Lunatic asylums Bombay report 1891-1903 - 1891-1903
Year: 1891
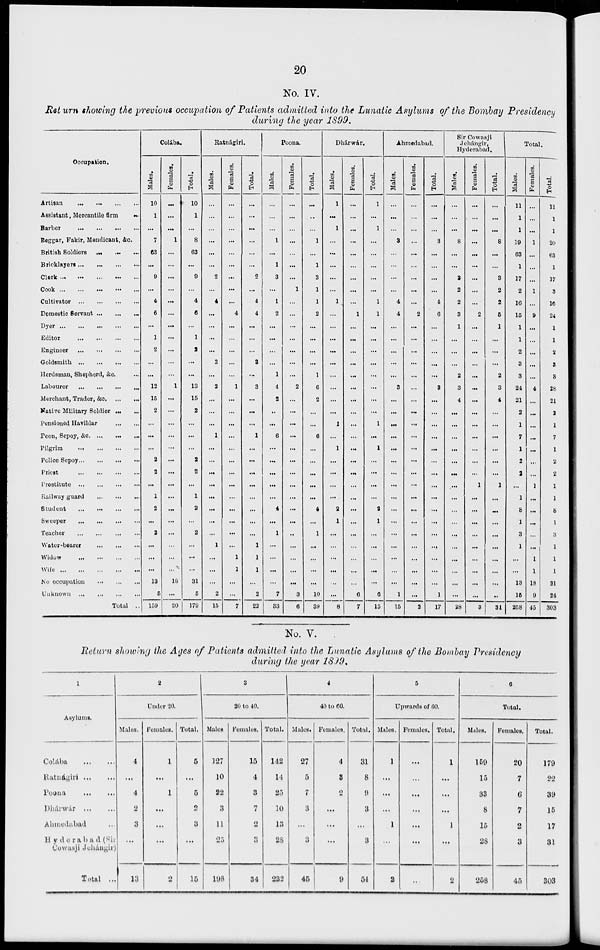
20
No. IV.
Return showing the previous occupation of Patients admitted into the Lunatic Asylums of the Bombay Presidency
during the year 1899.
Occupation.
Artisan
...
...
...
...
Assistant, Mercantile firm ...
Barber
...
...
...
...
Beggar, Fakir, Mendicant, &c.
British Soldiers
...
...
...
Bricklayers
...
...
...
...
Clerk
...
...
...
...
Cook
...
...
...
...
Cultivator
...
...
...
...
Domestic Servant
...
...
...
Dyer
...
...
...
...
...
Editor
...
...
...
...
Engineer
...
...
...
...
Goldsmith
...
...
...
...
Herdsman, Shepherd, &c. ...
Labourer
...
...
...
...
Merchant, Trader, &c. ... ...
Native Military Soldier ... ...
Pensioned Havildar
...
...
Peon, Sepoy, &c. ... ... ...
Pilgrim
...
...
...
...
Police Sepoy ... ... ... ...
Priest
...
...
...
...
Prostitute
...
...
...
...
Railway guard
...
...
...
Student
...
...
...
...
Sweeper
...
...
...
...
Teacher
...
...
...
...
Water-bearer
...
...
...
Widow
...
...
...
...
Wife
...
...
...
...
...
No occupation ... ... ... ...
Unknown
...
...
...
...
Total ..
Colába.
Males.
10
1
...
7
63
...
9
...
4
6
...
1
2
...
...
12
15
2
...
...
...
2
2
...
1
2
...
2
...
...
...
13
5
159
Females.
...
...
...
1
...
...
...
...
...
...
...
...
...
...
...
1
...
...
...
...
...
...
...
...
...
...
...
...
...
...
...
18
...
20
Total.
10
1
...
8
63
...
9
...
4
6
...
1
2
...
...
13
15
2
...
...
...
2
2
...
1
2
...
2
...
...
...
31
5
179
Ratnágiri.
Males.
...
...
...
...
...
...
2
...
4
...
...
...
...
3
...
2
...
...
...
1
...
...
...
...
...
...
...
...
1
...
...
...
2
15
Females.
...
...
...
...
...
...
...
...
...
4
...
...
...
...
...
1
...
...
...
...
...
...
...
...
...
...
...
...
...
1
1
...
...
7
Total.
...
...
...
...
...
...
2
...
4
4
...
...
...
3
...
3
...
...
...
1
...
...
...
...
...
...
...
...
1
1
1
...
2
22
Poona.
Males.
...
...
...
1
...
1
3
...
1
2
...
...
...
...
1
4
2
...
...
6
...
...
...
...
...
4
...
1
...
...
...
...
7
33
Females.
...
...
...
...
...
...
...
1
...
...
...
...
...
...
...
2
...
...
...
...
...
...
...
...
...
...
...
...
...
...
...
...
3
6
Total.
...
...
...
1
...
1
3
1
1
2
...
...
...
...
1
6
2
...
...
6
...
...
...
...
...
4
...
1
...
...
...
...
10
39
Dhárwár.
Males.
1
...
1
...
...
...
...
...
1
...
...
...
...
...
...
...
...
...
1
...
1
...
...
...
...
2
1
...
...
...
...
...
...
8
Females.
...
...
...
...
...
...
...
...
...
1
...
...
...
...
...
...
...
...
...
...
...
...
...
...
...
...
...
...
...
...
...
...
6
7
Total.
1
...
1
...
...
...
...
...
1
1
...
...
...
...
...
...
...
...
1
...
1
...
...
...
...
2
1
...
...
...
...
...
6
15
Ahmedabad.
Males.
...
...
...
3
...
...
...
...
4
4
...
...
...
...
...
3
...
...
...
...
...
...
...
...
...
...
...
...
...
...
...
...
1
15
Females.
...
...
...
...
...
...
...
...
...
2
...
...
...
...
...
...
...
...
...
...
...
...
...
...
...
...
...
...
...
...
...
...
...
2
Total.
...
...
...
3
...
...
...
...
4
6
...
...
...
...
...
3
...
...
...
...
...
...
...
...
...
...
...
...
...
...
...
...
1
17
Sir Cowasji
Jehángir,
Hyderabad.
Males.
...
...
...
8
...
...
3
2
2
3
1
...
...
...
2
3
4
...
...
...
...
...
...
...
...
...
...
...
...
...
...
...
...
28
Females.
...
...
...
...
...
...
...
...
...
2
...
...
...
...
...
...
...
...
...
...
...
...
...
1
...
...
...
...
...
...
...
...
...
3
Total.
...
...
...
8
...
...
3
2
2
5
1
...
...
...
2
3
4
...
...
...
...
...
...
1
...
...
...
...
...
...
...
...
..
31
Total.
Males.
11
1
1
19
63
1
17
2
16
15
1
1
2
3
3
24
21
2
1
7
1
2
2
...
1
8
1
3
1
...
...
13
15
258
Females.
...
...
...
1
...
...
...
1
...
9
...
...
...
...
...
4
...
...
...
...
...
...
...
1
...
...
...
...
...
1
1
18
9
45
Total.
11
1
1
20
63
1
17
3
16
24
1
1
2
3
3
28
21
2
1
7
1
2
2
1
1
8
1
3
l
l
l
31
24
303
No. V.
Return showing the Ages of Patients admitted into the Lunatic Asylums of the Bombay Presidency
during the year 1899.
1
Asylums.
Colába
...
...
Ratnágiri ... ...
Poona
...
...
Dhárwár
...
...
Ahmedabad ...
Hyderabad (Sir
Cowasji Jehángir)
Total ...
2
Under 20.
Males.
4
...
4
2
3
...
13
Females.
1
...
1
...
...
...
2
Total.
5
...
5
2
3
...
15
3
20 to 40.
Males.
127
10
22
3
11
25
198
Females.
15
4
3
7
2
3
34
Total.
142
14
25
10
13
28
232
4
40 to 60.
Males.
27
5
7
3
...
3
45
Females.
4
3
2
...
...
...
9
Total.
31
8
9
3
...
3
54
5
Upwards of 60.
Males.
1
...
...
...
1
...
2
Females.
...
...
...
...
...
...
...
Total.
1
...
...
...
1
...
2
6
Total.
Males.
159
15
33
8
15
28
258
Females.
20
7
6
7
2
3
45
Total.
179
22
39
15
17
31
303